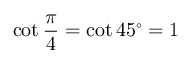
\cot { \frac { \pi } { 4 } } = \cot 4 5 ^ { \circ } = 1